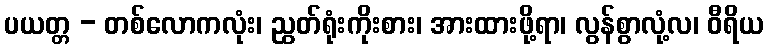
ပယတ္တ - တစ်လောကလုံး၊ ညွတ်ရုံးကိုးစား၊ အားထားဖို့ရာ၊ လွန်စွာလုံ့လ၊ ဝီရိယ